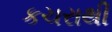
કચરાથી